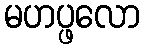
မဟပ္ဖလော